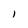
Character: l